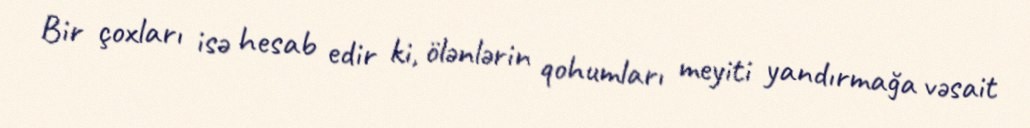
Bir çoxları isə hesab edir ki, ölənlərin qohumları meyiti yandırmağa vəsait